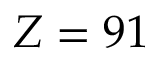
Z = 9 1